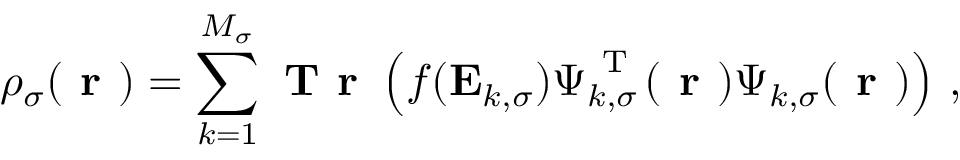
\rho _ { \sigma } ( \boldsymbol { \textbf { r } } ) = \sum _ { k = 1 } ^ { M _ { \sigma } } \textbf { T r } \left( f ( \mathbf { E } _ { k , \sigma } ) \boldsymbol { \Psi } _ { k , \sigma } ^ { \mathrm { ~ T ~ } } ( \boldsymbol { \textbf { r } } ) \boldsymbol { \Psi } _ { k , \sigma } ( \boldsymbol { \textbf { r } } ) \right) \, ,